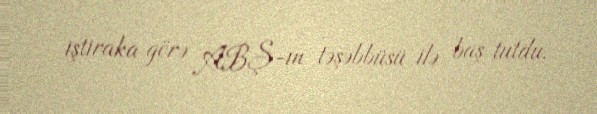
iştiraka görə ABŞ-ın təşəbbüsü ilə baş tutdu.